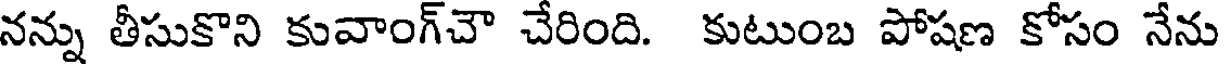
నన్ను తీసుకొని కువాంగ్చౌ చేరింది. కుటుంబ పోషణ కోసం నేను